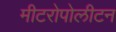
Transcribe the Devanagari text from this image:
मीटरोपोलीटन